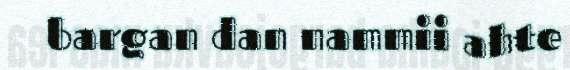
bargan dan nammii ahte